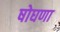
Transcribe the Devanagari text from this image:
षोघणा